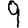
Digit: 9